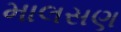
માલસણ